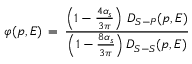
\varphi ( p , E ) \, = \, { \frac { \left( 1 - { \frac { 4 \alpha _ { s } } { 3 \pi } } \right) \, { \cal D } _ { S - P } ( p , E ) } { \left( 1 - { \frac { 8 \alpha _ { s } } { 3 \pi } } \right) { \cal D } _ { S - S } ( p , E ) } }